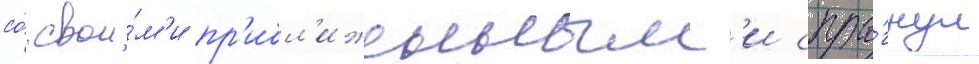
со́ свои́м'и пр'ибл'иженным'и спры́гнул